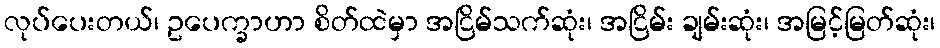
လုပ်ပေးတယ်၊ ဥပေက္ခာဟာ စိတ်ထဲမှာ အငြိမ်သက်ဆုံး၊ အငြိမ်း ချမ်းဆုံး၊ အမြင့်မြတ်ဆုံး၊